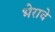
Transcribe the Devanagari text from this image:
भेराचे